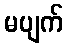
မပျက်